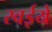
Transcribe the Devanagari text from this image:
रवईये